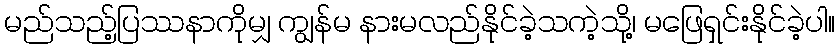
မည်သည့်ပြဿနာကိုမျှ ကျွန်မ နားမလည်နိုင်ခဲ့သကဲ့သို့၊ မဖြေရှင်းနိုင်ခဲ့ပါ။